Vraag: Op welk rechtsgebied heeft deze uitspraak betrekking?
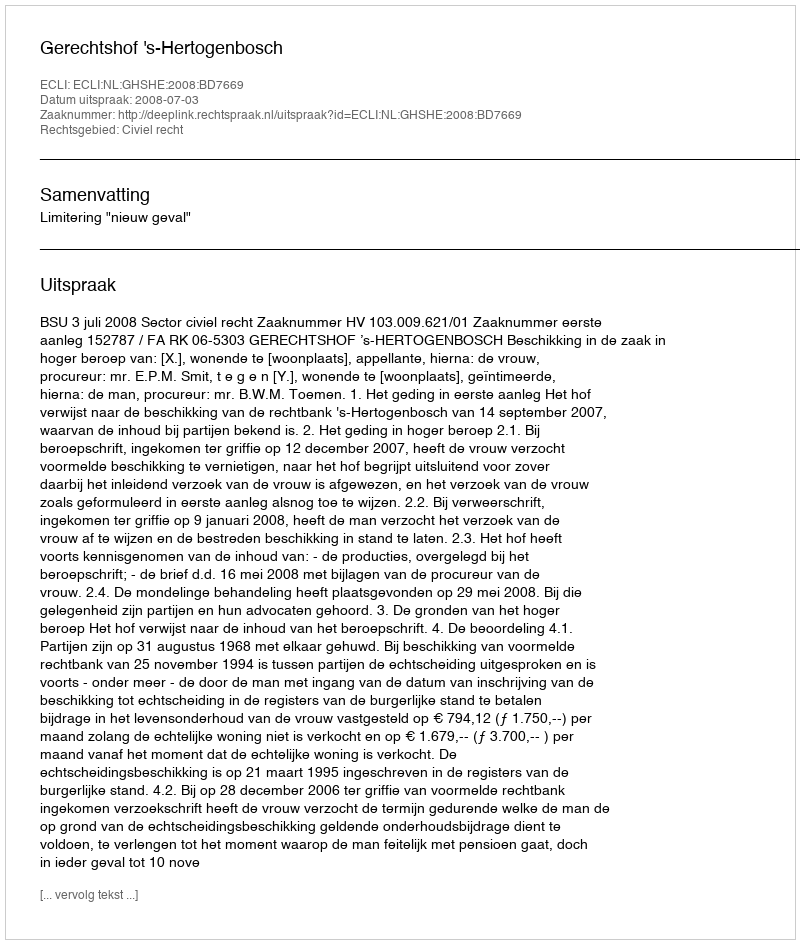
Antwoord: Civiel recht